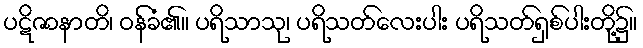
ပဋိဇာနာတိ၊ ဝန်ခံ၏။ ပရိသာသု၊ ပရိသတ်လေးပါး ပရိသတ်ရှစ်ပါးတို့၌။